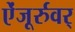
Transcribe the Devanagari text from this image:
ऐंजूर्रुवर्